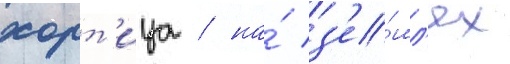
хорт'ица / на́ з'е́мл'ях